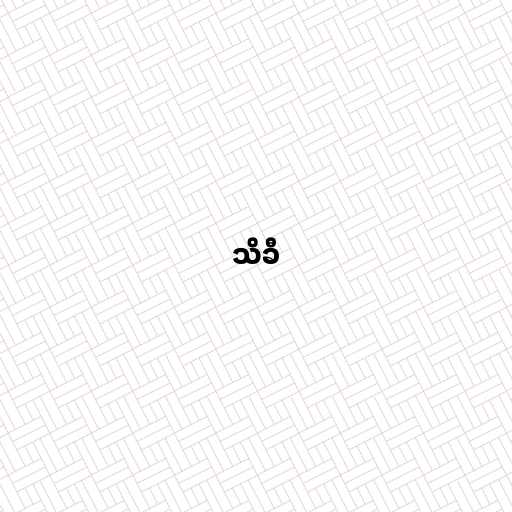
သိခီ